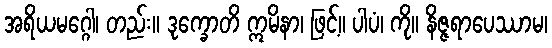
အရိယမဂ္ဂေါ၊ တည်း။ ဒုက္ခောတိ ဣမိနာ၊ ဖြင့်။ ပါပံ၊ ကို။ နိဇ္ဇရာပေဿာမ၊